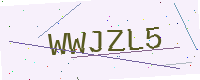
Text: WWJZL5